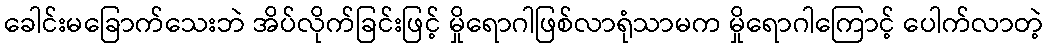
ခေါင်းမခြောက်သေးဘဲ အိပ်လိုက်ခြင်းဖြင့် မှိုရောဂါဖြစ်လာရုံသာမက မှိုရောဂါကြောင့် ပေါက်လာတဲ့